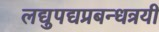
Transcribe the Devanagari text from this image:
लद्युपद्यप्रबन्धत्रयी